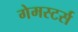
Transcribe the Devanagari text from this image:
गेमस्टर्स